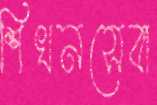
শিখনসেবা